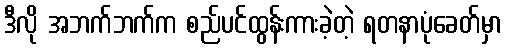
ဒီလို အဘက်ဘက်က စည်ပင်ထွန်းကားခဲ့တဲ့ ရတနာပုံခေတ်မှာ